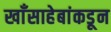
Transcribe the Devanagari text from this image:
खाँसाहेबांकडून